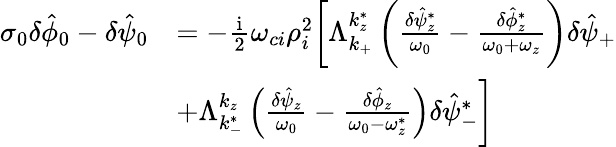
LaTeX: \begin{array}{rl}{\sigma_{0}\delta\hat{\phi}_{0}-\delta\hat{\psi}_{0}}&{=-\frac{\mathrm{i}}{2}\omega_{ci}\rho_{i}^{2}\bigg[\Lambda_{k_{+}}^{k_{z}^{*}}\left(\frac{\delta\hat{\psi}_{z}^{*}}{\omega_{0}}-\frac{\delta\hat{\phi}_{z}^{*}}{\omega_{0}+\omega_{z}}\right)\delta\hat{\psi}_{+}}\\ &{+\Lambda_{k_{-}^{*}}^{k_{z}}\left(\frac{\delta\hat{\psi}_{z}}{\omega_{0}}-\frac{\delta\hat{\phi}_{z}}{\omega_{0}-\omega_{z}^{*}}\right)\delta\hat{\psi}_{-}^{*}\bigg]}\end{array}